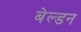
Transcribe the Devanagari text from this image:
बेल्डन